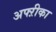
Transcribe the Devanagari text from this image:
अफ्ऱीका